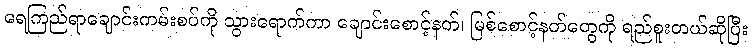
ရေကြည်ရာချောင်းကမ်းစပ်ကို သွားရောက်ကာ ချောင်းစောင့်နတ်၊ မြစ်စောင့်နတ်တွေကို ရည်စူးတယ်ဆိုပြီး